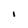
Character: I